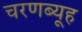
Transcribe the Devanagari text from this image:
चरणब्यूह